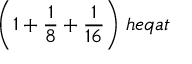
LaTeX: { \bigg ( } 1 + { \frac { 1 } { 8 } } + { \frac { 1 } { 1 6 } } { \bigg ) } \; h e q a t